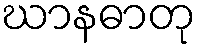
ဃာနဓာတု